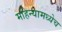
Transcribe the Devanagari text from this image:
महिन्यामध्येच